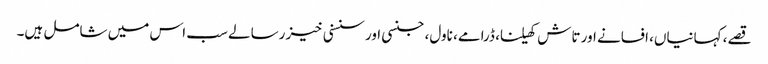
قصے، کہانیاں، افسانے اور تاش کھیلنا، ڈرامے، ناول، جنسی اور سنسنی خیز رسالے سب اس میں شامل ہیں۔